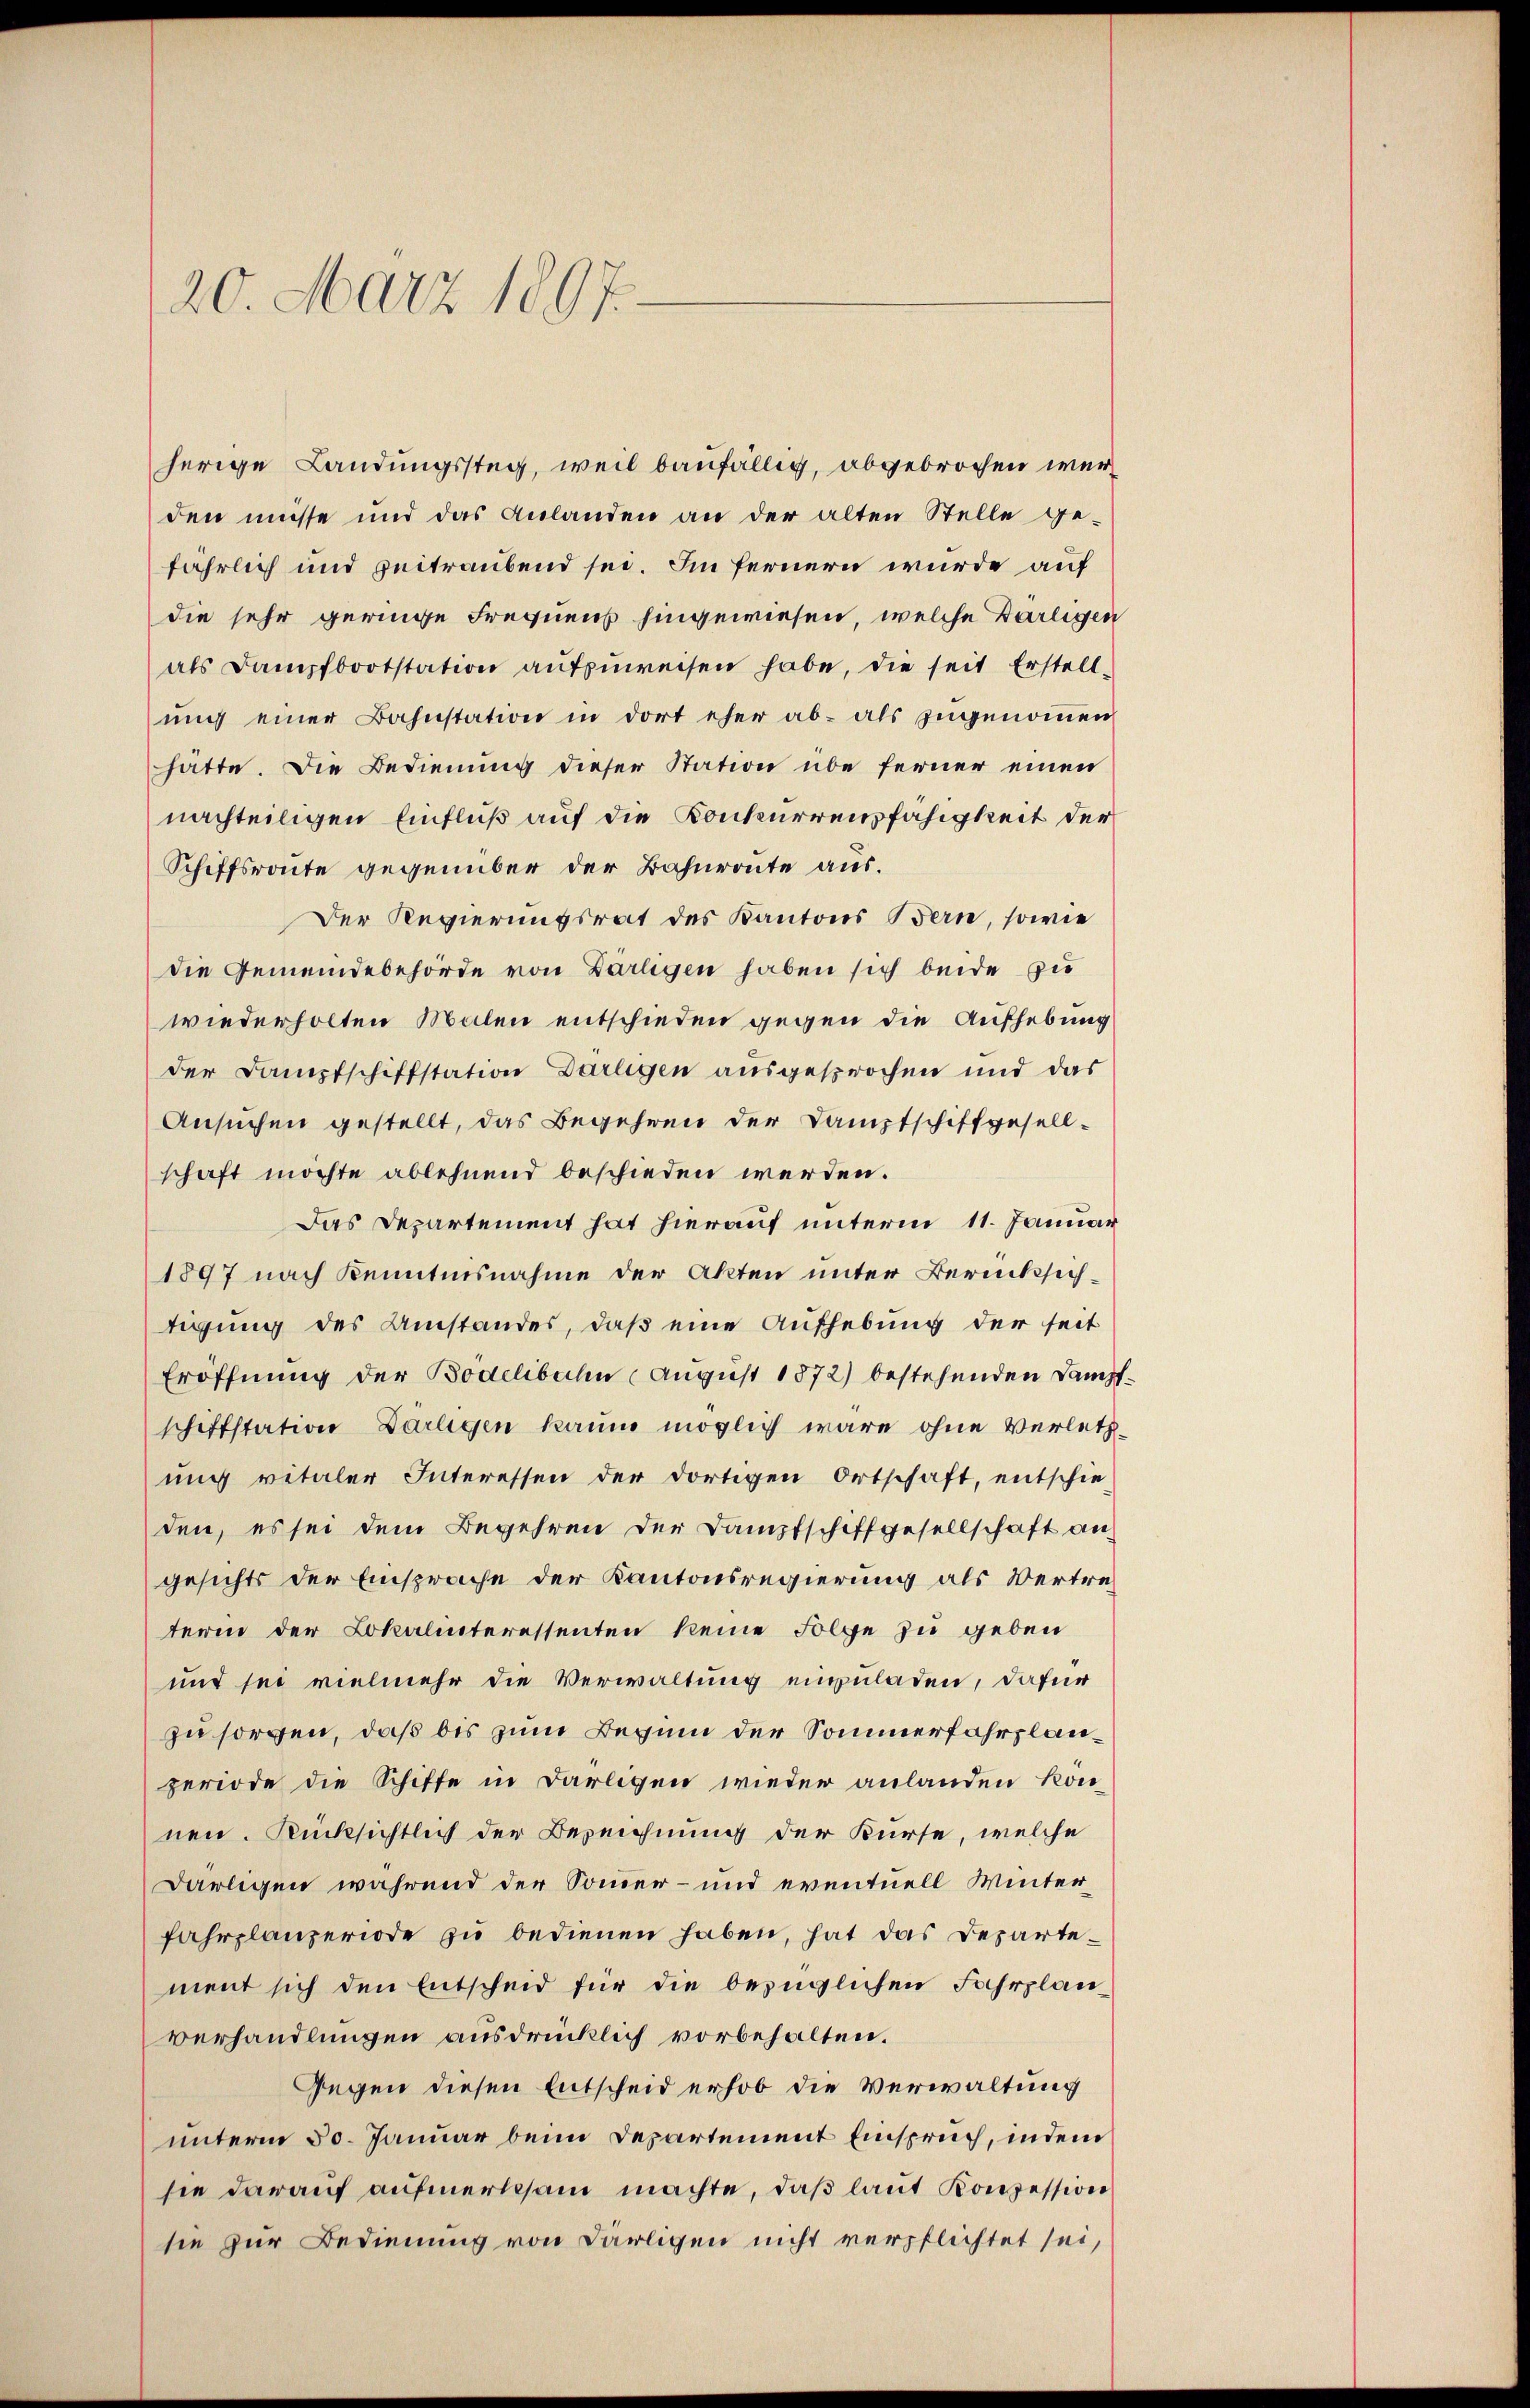
20. März 1897.

den müsse und das Anlanden an der alten Stelle ge-
fährlich und zeitraubend sei. Im fernern wurde auf
die sehr geringe Frequens hingewiesen, welche Barligen
als Dampfbootstation aufzuweisen habe, die seit Erstellung einer Bahnstation in dort eher ab- als zugenommen
hätte. Die Bedienung dieser Station übe ferner einen
nachteiligen Einfluß auf die Konkurrenzfähigkeit der
Schiffsroute gegenüber der Bahnroute aus.
Der Regierungsrat des Kantons Bern, sowie
die Gemeindebehörde von Barligen haben sich beide zu
wiederholten Malen entschieden gegen die Aufhebung
der Dampfschiffstation Darlegen ausgesprochen und das
Ansuchen gestellt, das Begehren der Dampfschiffgesell-
schaft möchte ablehnend beschieden werden.
Das Departement hat hierauf unterm 11. Januar
1897 nach Kenntnisnahme der Akten unter Berücksichtigung des Umstandes, daß eine Aufhebung der seit
Eröffnung der Bodelibahn (August 1872) bestehenden Dampfschiffstation Darlegen kaum möglich wäre ohne Verletz-
ung vitaler Interessen der dortigen Ortschaft, entschie-
den, es sei dem Begehren der Dampfschiffgesellschaft an
gesichts der Einsprache der Kantonsregierung als Vertreterm der Lokalinteressenten keine Folge zu geben
und sei vielmehr die Verwaltung einzuladen, dafür
zu sorgen, daß bis zum Beginn der Sommerfahrplanperiode die Schiffe in Darlegen wieder anlanden konnen. Rücksichtlich der Bezeichnung der Kurse, welche
darligen während der Sommer- und eventuell Winterfahrplanzeriode zu bedienen haben, hat das Departement sich den Entscheid für die bezüglichen Fahrplan
verhandlungen ausdrücklich vorbehalten.
Gegen diesen Entscheid erhob die Verwaltung
unterm 30. Januar beim Departement Einspruch, indem
sie darauf aufmerksam machte, daß laut Konzession
sie zur Bedienung von Därligen nicht verpflichtet sei,

herige Landungssteg, weil baufällig, abgebrochen wer¬